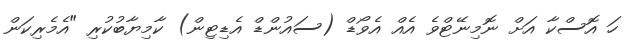
ހަ އޮސްކާ އަށް ނޮމިނޭޓްވެ އެއް އެވޯޑް (ސައުންޑް އެޑިޓިން) ކާމިޔާބުކުރި "އެމެރިކަން